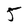
Character: 5